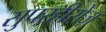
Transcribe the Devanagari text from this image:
सुपरहीरोज़